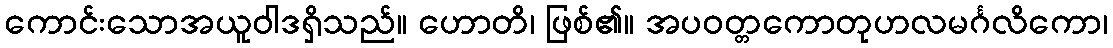
ကောင်းသောအယူဝါဒရှိသည်။ ဟောတိ၊ ဖြစ်၏။ အပဝတ္တကောတုဟလမင်္ဂလိကော၊